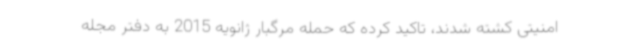
امنیتی کشته شدند، تاکید کرده که حمله مرگبار ژانویه 2015 به دفتر مجله